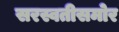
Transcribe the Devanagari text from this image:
सरस्वतीसमोर